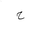
Letter: _ha